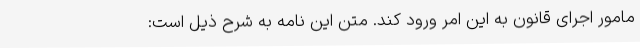
مامور اجرای قانون به این امر ورود کند. متن این نامه به شرح ذیل است: